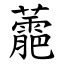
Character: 蘎